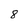
Character: 8